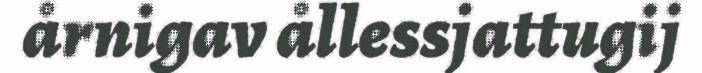
årnigav ållessjattugij